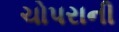
ચોપરાની